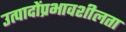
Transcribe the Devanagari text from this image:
उत्पादोंप्रभावशीलता